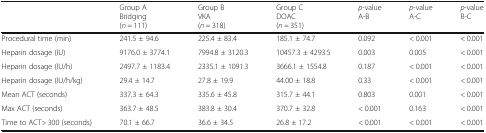
|  | Group ABridging(n = 111) | Group BVKA(n = 318) | Group CDOAC(n = 351) | p-valueA-B | p-valueA-C | p-valueB-C |
 | --- | --- | --- | --- | --- | --- | --- |
 | Procedural time (min) | 241.5 ± 94.6 | 225.4 ± 83.4 | 185.1 ± 74.7 | 0.092 | < 0.001 | < 0.001 |
 | Heparin dosage (IU) | 9176.0 ± 3774.1 | 7994.8 ± 3120.3 | 10457.3 ± 4293.5 | 0.003 | 0.005 | < 0.001 |
 | Heparin dosage (IU/h) | 2497.7 ± 1183.4 | 2335.1 ± 1091.3 | 3666.1 ± 1554.8 | 0.187 | < 0.001 | < 0.001 |
 | Heparin dosage (IU/h/kg) | 29.4 ± 14.7 | 27.8 ± 19.9 | 44.00 ± 18.8 | 0.33 | < 0.001 | < 0.001 |
 | Mean ACT (seconds) | 337.3 ± 64.3 | 335.6 ± 45.8 | 315.7 ± 44.1 | 0.803 | 0.001 | < 0.001 |
 | Max ACT (seconds) | 363.7 ± 48.5 | 383.8 ± 30.4 | 370.7 ± 32.8 | < 0.001 | 0.163 | < 0.001 |
 | Time to ACT> 300 (seconds) | 70.1 ± 66.7 | 36.6 ± 34.5 | 26.8 ± 17.2 | < 0.001 | < 0.001 | < 0.001 |